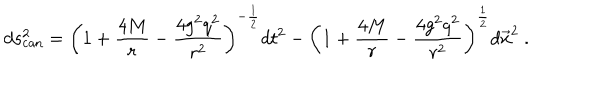
d s _ { \mathrm { c a n } } ^ { 2 } = \left( 1 + { \frac { 4 M } { r } } - { \frac { 4 g ^ { 2 } q ^ { 2 } } { r ^ { 2 } } } \right) ^ { - { \frac { 1 } { 2 } } } d t ^ { 2 } - \left( 1 + { \frac { 4 M } { r } } - { \frac { 4 g ^ { 2 } q ^ { 2 } } { r ^ { 2 } } } \right) ^ { \frac { 1 } { 2 } } d \vec { x } ^ { 2 } \ .